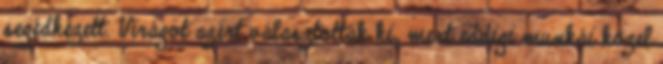
segédkezett. Virágot azért választották ki, mert eddigi munkái közel